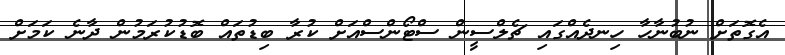
އެގޮތަށް ނުބުނާހާ ހިނދެއްގައި ޗެލްސީން ސްޓޯންސްއަށް ކުރާ ބިޑުތައް ބޮޑުކުރަމުން ދާނެ ކަމަށް